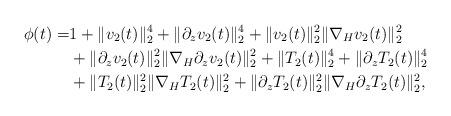
LaTeX: \begin{align*} \phi(t)=&1+\|v_2(t)\|_2^4+\|\partial_zv_2(t)\|_2^4+\|v_2(t)\|_2^2\|\nabla_Hv_2(t)\|_2^2\\ &+\|\partial_zv_2(t)\|_2^2 \|\nabla_H\partial_zv_2(t)\|_2^2+\|T_2(t)\|_2^4+\|\partial_zT_2(t)\|_2^4\\ &+\|T_2(t)\|_2^2\|\nabla_HT_2(t)\|_2^2+\|\partial_zT_2(t)\|_2^2 \|\nabla_H\partial_zT_2(t)\|_2^2,\end{align*}